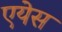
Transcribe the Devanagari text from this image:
एयेस